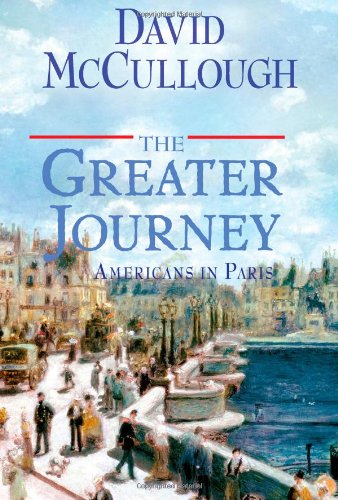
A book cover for The Greater Journey: Americans in Paris; David McCullough; History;